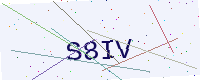
Text: S8IV